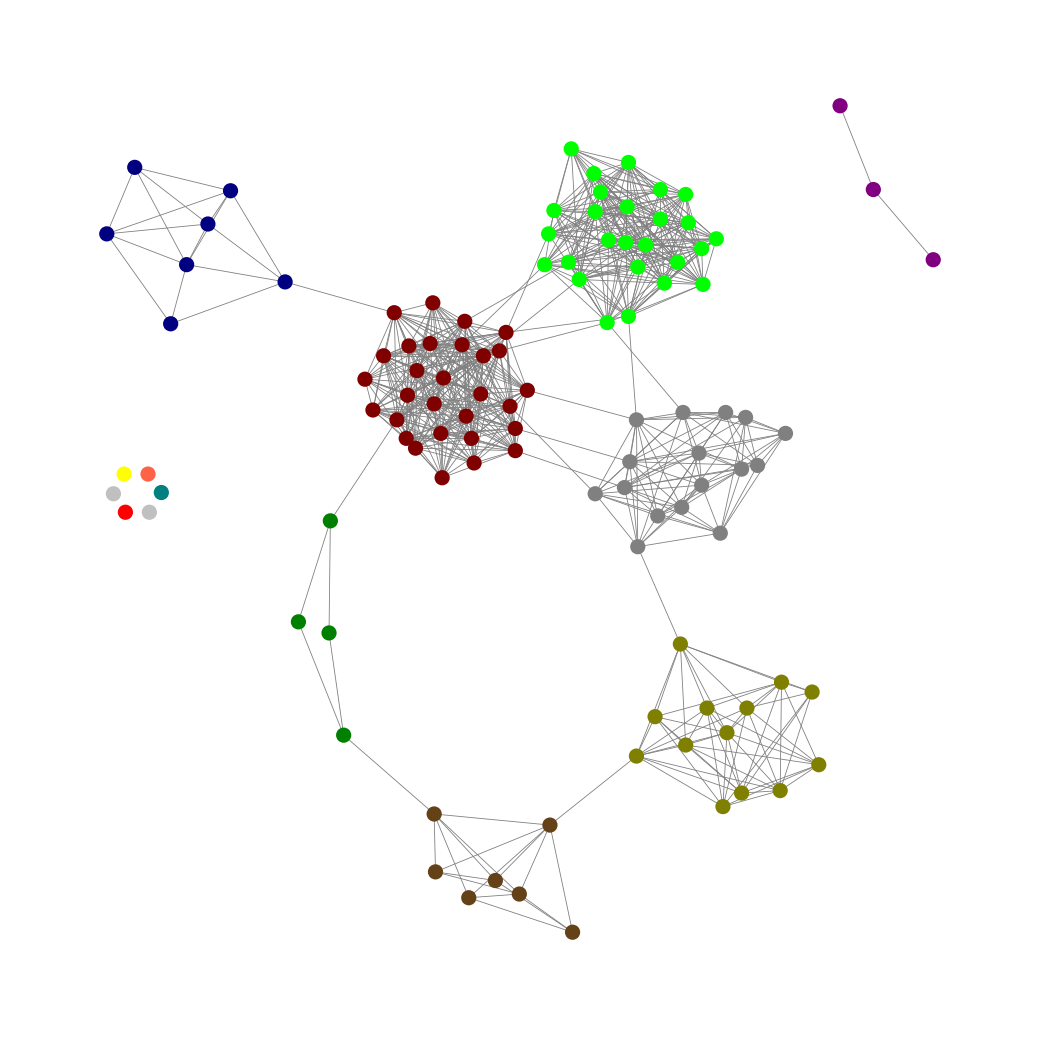
Graph connected: No
Number of connected components: 8
Number of singletons: 6
Total number of nodes: 111
Total number of edges: 687
Number of communities: 13
Community sizes:
Gray: 16
Green: 4
Lime: 26
Maroon: 29
Navy: 7
Olive: 13
Pullman Brown: 7
Purple: 3
Red: 1
Silver: 2
Teal: 1
Tomato: 1
Yellow: 1
Graph layout: tda
Graph generation method: erdos_renyi